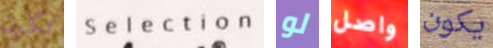
تكون Selection لو واصل يكون